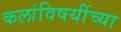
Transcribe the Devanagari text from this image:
कलांविषयींच्या